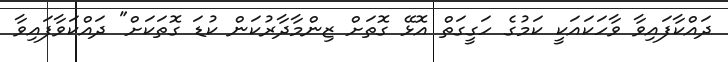
ދައްކާފައިވާ ވާހަކައަކީ ކަމުގެ ހަގީގަތް އޮޅޭ ގޮތަށް ޒިންމާދާރުކަން ކުޑަ ގޮތަކަށް" ދައްކަވާފައިވާ